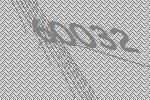
60032